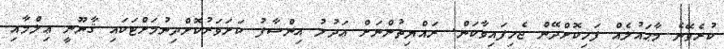
ކުރެވޭނެ މާޙައުލެއް ފަހިކޮށްދޭން ޖެހިފައިވާކަން. ރައްޔިތުންނަށް ޢަދުލު އިންސާފު ކަށަވަރުކޮށްދިނުމަށްޓަކައި ޤާނޫނީ ޢިލްމާއި